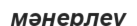
мәнерлеу